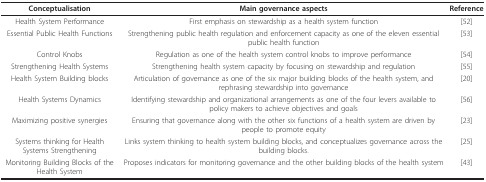
<table><thead><tr><td><b>Conceptualisation</b></td><td><b>Main governance aspects</b></td><td><b>Reference</b></td></tr></thead><tbody><tr><td>Health System Performance</td><td>First emphasis on stewardship as a health system function</td><td>[52]</td></tr><tr><td>Essential Public Health Functions</td><td>Strengthening public health regulation and enforcement capacity as one of the eleven essential public health function</td><td>[53]</td></tr><tr><td>Control Knobs</td><td>Regulation as one of the health system control knobs to improve performance</td><td>[54]</td></tr><tr><td>Strengthening Health Systems</td><td>Strengthening health system capacity by focusing on stewardship and regulation</td><td>[55]</td></tr><tr><td>Health System Building blocks</td><td>Articulation of governance as one of the six major building blocks of the health system, and rephrasing stewardship into governance</td><td>[20]</td></tr><tr><td>Health Systems Dynamics</td><td>Identifying stewardship and organizational arrangements as one of the four levers available to policy makers to achieve objectives and goals</td><td>[56]</td></tr><tr><td>Maximizing positive synergies</td><td>Ensuring that governance along with the other six functions of a health system are driven by people to promote equity</td><td>[23]</td></tr><tr><td>Systems thinking for Health Systems Strengthening</td><td>Links system thinking to health system building blocks, and conceptualizes governance across the building blocks.</td><td>[25]</td></tr><tr><td>Monitoring Building Blocks of the Health System</td><td>Proposes indicators for monitoring governance and the other building blocks of the health system</td><td>[43]</td></tr></tbody></table>